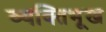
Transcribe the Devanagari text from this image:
व्यक्तिभूख